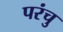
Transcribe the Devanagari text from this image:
परंचु